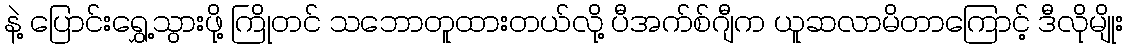
နဲ့ ပြောင်းရွှေ့သွားဖို့ ကြိုတင် သဘောတူထားတယ်လို့ ပီအက်စ်ဂျီက ယူဆလာမိတာကြောင့် ဒီလိုမျိုး